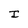
Character: I